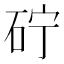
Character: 𮀓